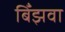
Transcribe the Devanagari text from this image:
बिँझवा